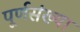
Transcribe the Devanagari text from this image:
पूर्णसंख्या